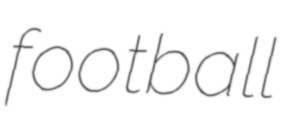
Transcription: football